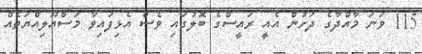
115 ވަނަ މާއްދާގެ ދަށުން އެއީ ރައީސްގެ ބޮލުގައި ވެސް އެޅިފައިވާ މަސްއޫލިއްޔަތެއް